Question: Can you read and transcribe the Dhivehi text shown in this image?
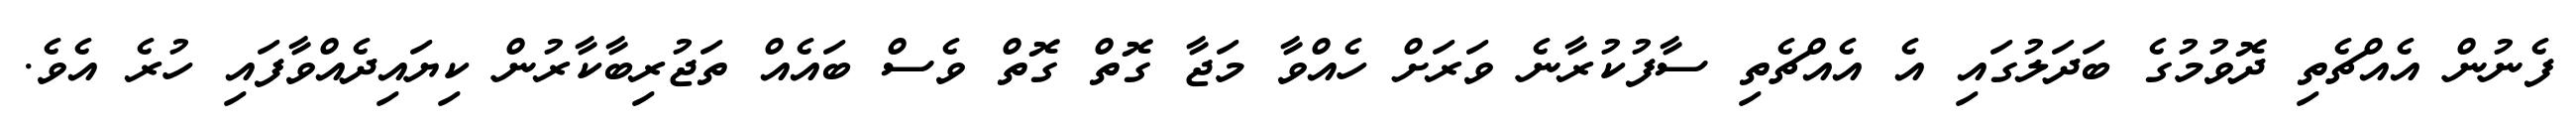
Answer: ފެނުން އެއްޗެތި ދޮވުމުގެ ބަދަލުގައި އެ އެއްޗެތި ސާފުކުރާނެ ވަރަށް ހެއްވާ މަޖާ ގޮތް ގޮތް ވެސް ބައެއް ތަޖުރިބާކާރުން ކިޔައިދެއްވާފައި ހުރެ އެވެ.